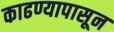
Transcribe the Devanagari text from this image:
काढण्यापासून